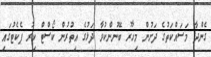
ގެންދާ މަސައްކަތުގެ ދަށުން މިހާރު ބޭނުންކުރާ ދަޅުގެ އިތުރުން ކޯސްޓް ކިރު ޕެކެޓުގައި